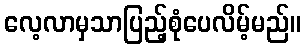
လေ့လာမှသာပြည့်စုံပေလိမ့်မည်။